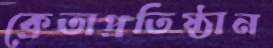
ক্রেতাপ্রতিষ্ঠান